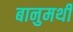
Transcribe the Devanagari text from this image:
बानुमथी